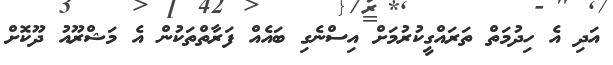
އަދި އެ ހިދުމަތް ތަރައްގީކުރުމަށް އިސްނެގި ބައެއް ފަރާތްތަކުން އެ މަޝްރޫއު ދޫކޮށް